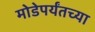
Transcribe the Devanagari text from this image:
मोडेपर्यंतच्या